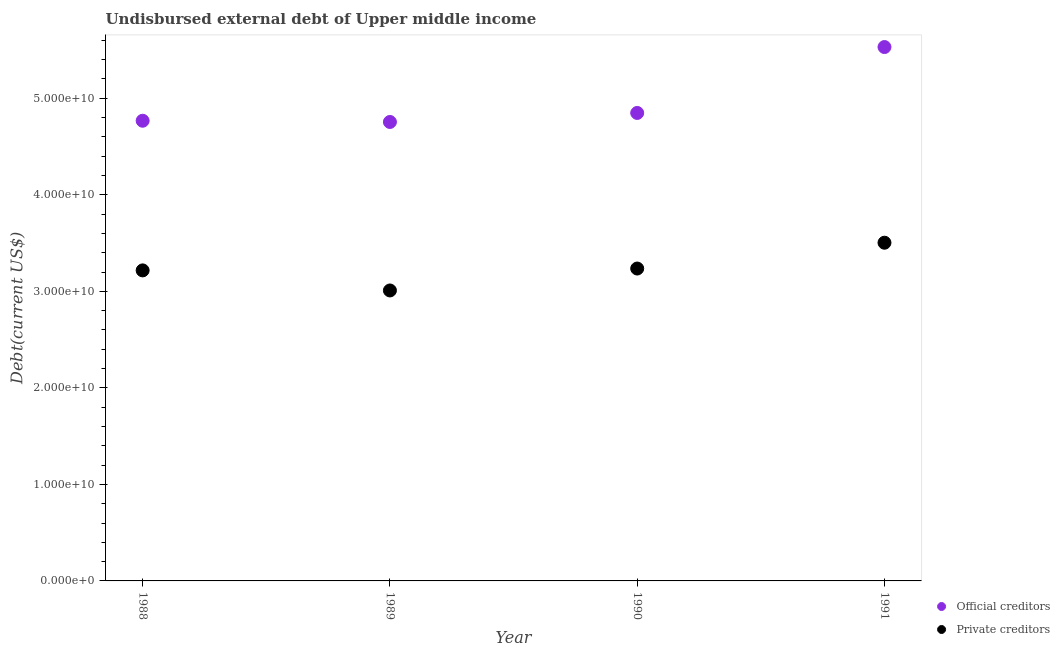
| Year | Official creditors | Private creditors |
 | --- | --- | --- |
 | 1988 | 4.77e+10 | 3.22e+10 |
 | 1989 | 4.75e+10 | 3.01e+10 |
 | 1990 | 4.85e+10 | 3.24e+10 |
 | 1991 | 5.53e+10 | 3.5e+10 |